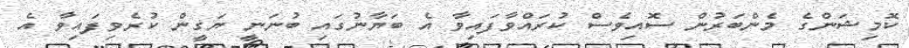
ކޮމިޝަންގެ މެންބަރުން ސޮއިވެސް ކުރައްވާފައިވާ އެ ބަޔާނުގައި ބުނަނީ ޔަގީން ކުރެވިފައިވާ އެ